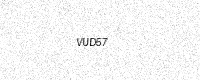
Text: VUD57